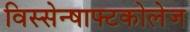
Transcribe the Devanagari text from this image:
विस्सेन्षाफ्टकोलेज